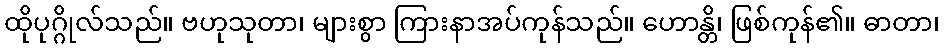
ထိုပုဂ္ဂိုလ်သည်။ ဗဟုသုတာ၊ များစွာ ကြားနာအပ်ကုန်သည်။ ဟောန္တိ၊ ဖြစ်ကုန်၏။ ဓာတာ၊